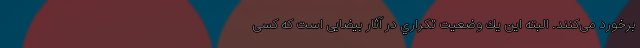
برخورد می‌كنند. البته اين يك وضعيت تكراري در آثار بيضايی است كه كسی